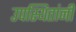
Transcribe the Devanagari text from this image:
उपस्थितांनी